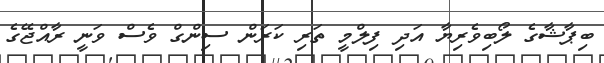
ބިޕާޝާގެ ލޯބިވެރިޔާ އަދި ފިލްމީ ތަރި ކަރަން ސިންގް ވެސް ވަނީ ރާއްޖޭގެ